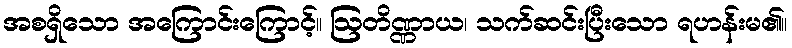
အစရှိသော အကြောင်းကြောင့်။ ဩတိဏ္ဏာယ၊ သက်ဆင်းပြီးသော ရဟန်းမ၏။